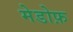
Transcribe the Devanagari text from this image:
मेडोफ़